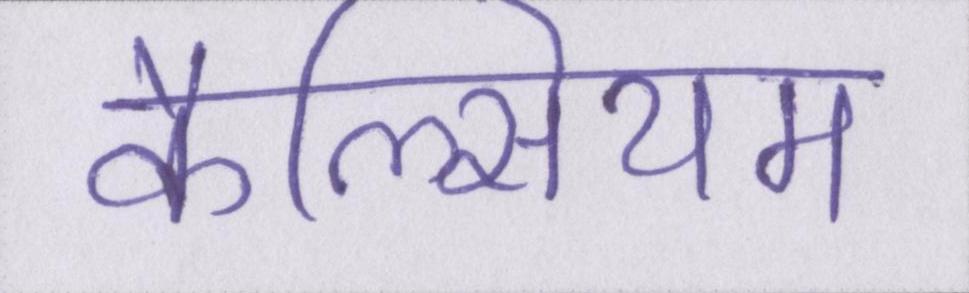
कैल्सियम